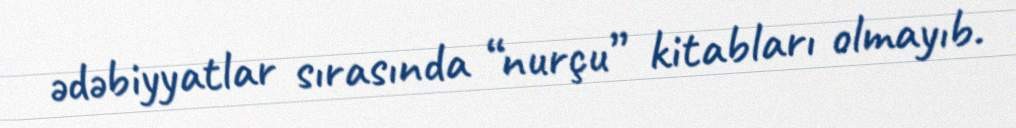
ədəbiyyatlar sırasında “nurçu” kitabları olmayıb.